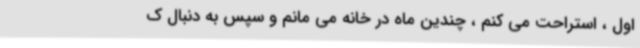
اول ، استراحت می کنم ، چندین ماه در خانه می مانم و سپس به دنبال ک